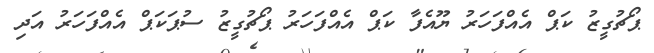
ޕޯޗުގީޒު ކަޕް އެއްފަހަރު ޔޫއެފާ ކަޕް އެއްފަހަރު ޕޯޗުގީޒު ސުޕަކަޕް އެއްފަހަރު އަދި